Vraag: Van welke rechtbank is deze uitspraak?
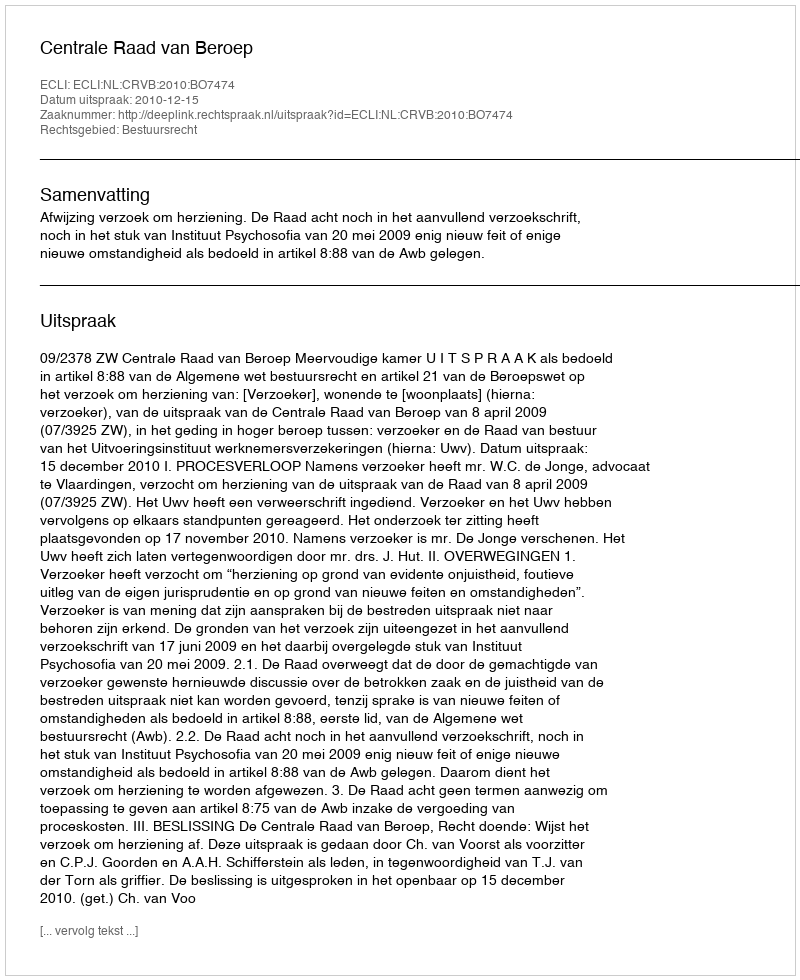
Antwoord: Centrale Raad van Beroep